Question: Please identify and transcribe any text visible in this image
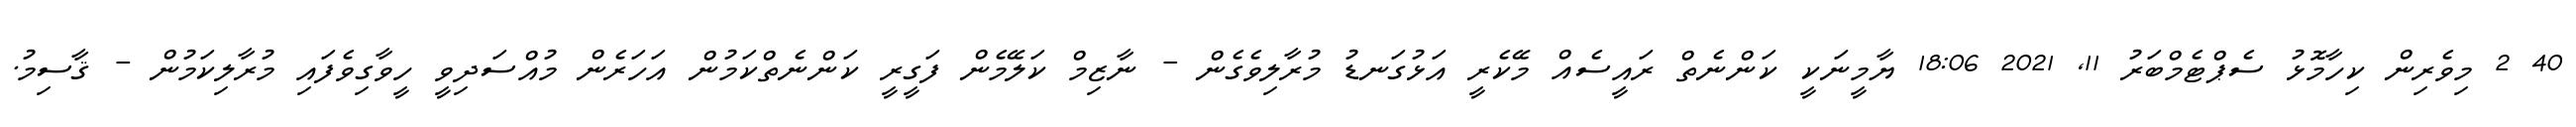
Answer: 40 2 މިވެރިން ކިހާމޮޅު ސެޕްޓެމްބަރު 11, 2021 18:06 ޔާމީނަކީ ކަންނެތް ރައީސެއް މޭކެރީ އަޅުގަނޑު މުރާލިވެގެން - ނާޒިމް ކަލޭމެން ފަގީރީ ކަންނެތްކަމުން އަހަރެން މުއްސަދިވީ ހީވާގިވެފައި މުރާލިކަމުން - ޤާސިމު.